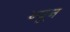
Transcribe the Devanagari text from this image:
न्‍यून